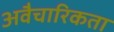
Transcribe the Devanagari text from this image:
अवैचारिकता